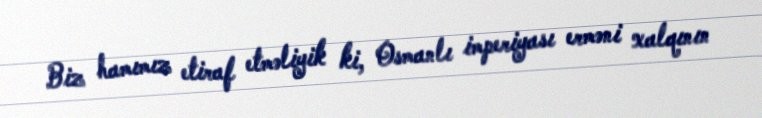
Biz hamımız etiraf etməliyik ki, Osmanlı imperiyası erməni xalqının